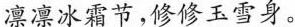
凛凛冰霜节，修修玉雪身。